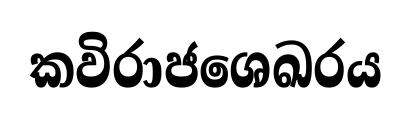
කවිරාජශෙඛරය